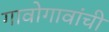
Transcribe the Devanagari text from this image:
गावोगावांची